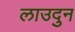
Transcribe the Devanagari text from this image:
लाउदुन